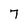
Character: 7